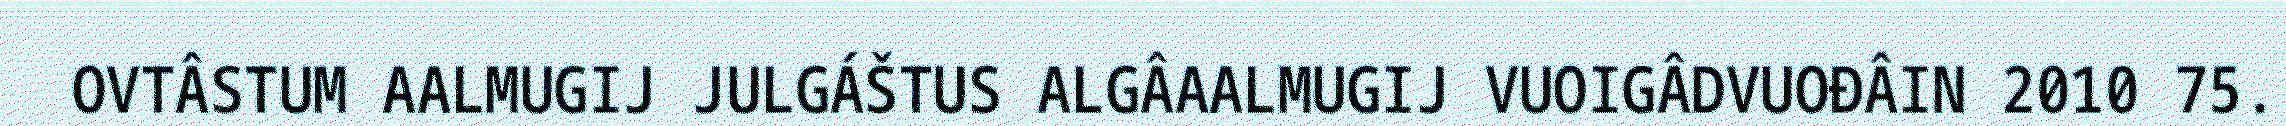
OVTÂSTUM AALMUGIJ JULGÁŠTUS ALGÂAALMUGIJ VUOIGÂDVUOĐÂIN 2010 75.